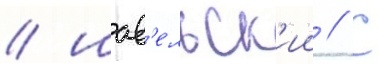
/ шав'ельск'ии // С